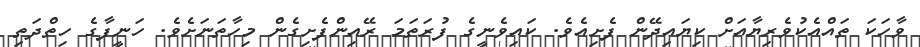
ވާހަކަ ތައްއެކުވެރިޔާއަށް ކިޔައިދޭން ފެށިއެވެ. ކައިވެނީގެ ފުރަތަމަ ރޭއިންފެށިގެން މިހާތަނަށެވެ. ހަނީފާގެ ހިތްދަތި